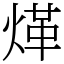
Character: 煂